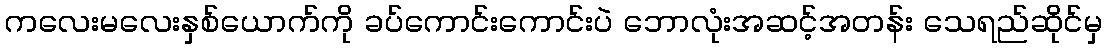
ကလေးမလေးနှစ်ယောက်ကို ခပ်ကောင်းကောင်းပဲ ဘောလုံးအဆင့်အတန်း သေရည်ဆိုင်မှ